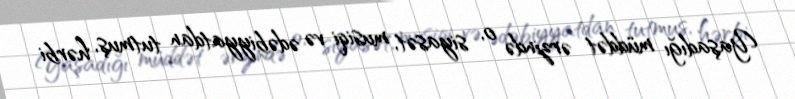
Yaşadığı müddət ərzində o, siyasət, musiqi və ədəbiyyatdan tutmuş, hərbi